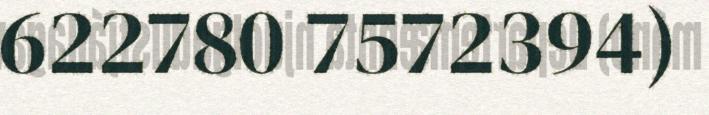
622780 7572394)